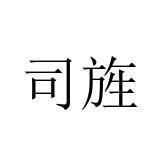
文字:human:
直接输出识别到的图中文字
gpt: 司旌